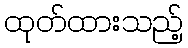
ထုတ်ထားသည့်